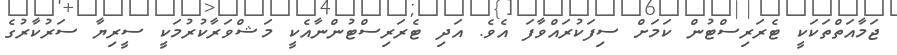
ޖަމާއަތްތަކަކީ ޓެރަރިސްޓުން ކަމަށް ސިފަކުރައްވާފަ އެވެ. އަދި ޓެރަރިސްޓުންނާއެކީ މަޝްވަރާކުރުމަކީ ސީރިޔާ ސަރުކާރުގެ